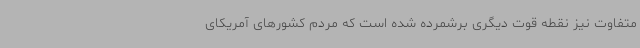
متفاوت نیز نقطه قوت دیگری برشمرده شده است که مردم کشورهای آمریکای